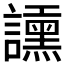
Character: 𧭲